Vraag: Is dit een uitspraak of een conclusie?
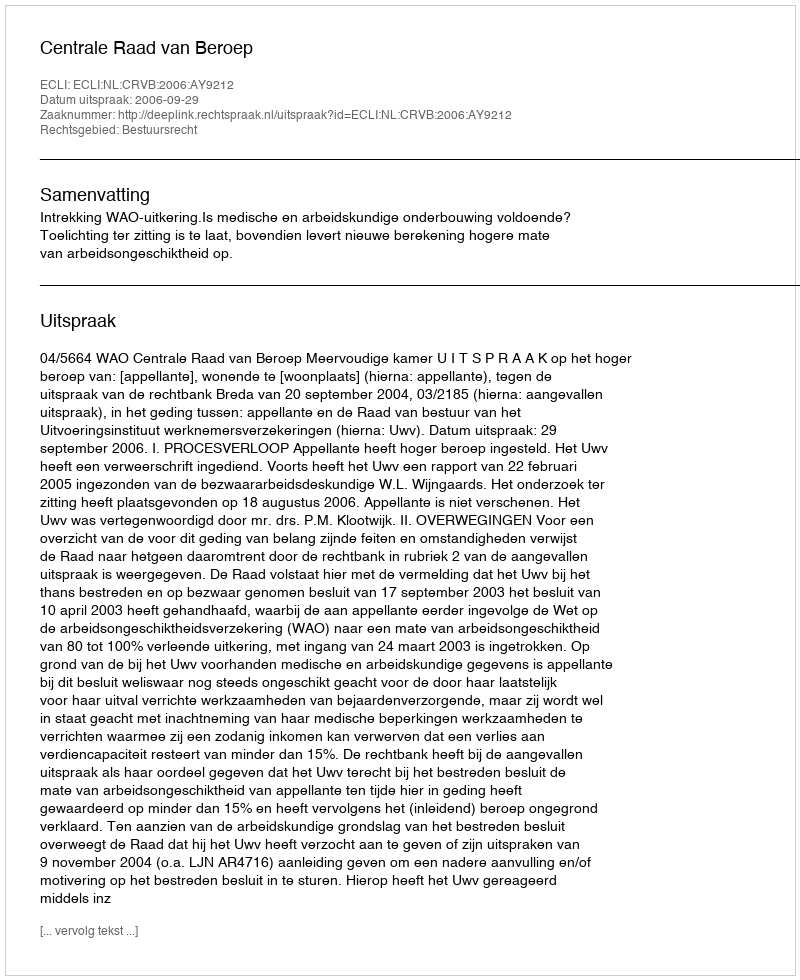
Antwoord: Uitspraak